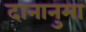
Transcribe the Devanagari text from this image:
दानानुमा